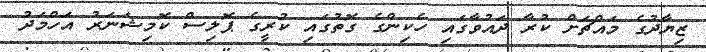
ޒިޔާދުގެ މައްޗަށް ކުރާ ދައުވާގައި ހެކިންގެ ގޮތުގައި ކުރީގެ ޕޮލިސް ކޮމިޝަނަރު އަހްމަދު